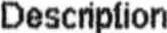
DESCRIPTION